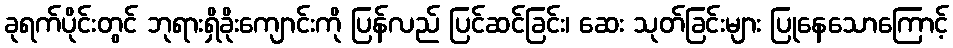
ခုရက်ပိုင်းတွင် ဘုရားရှိခိုးကျောင်းကို ပြန်လည် ပြင်ဆင်ခြင်း၊ ဆေး သုတ်ခြင်းများ ပြုနေသောကြောင့်